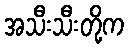
အသီးသီးတို့က